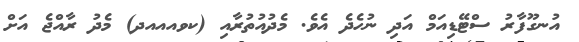
އުނގޫފާރު ސްޓޭޑިއަމް އަދި ނުހެދެ އެވެ. މެދުއުތުރާއި (ކވއއއދ) މެދު ރާއްޖެ އަށް